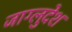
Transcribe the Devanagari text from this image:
जाग्लुदेश